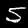
Label: 5